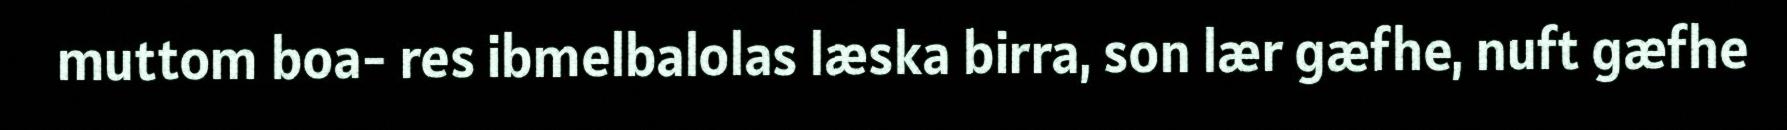
muttom boa- res ibmelbalolas læska birra, son lær gæfhe, nuft gæfhe